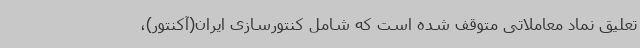
تعلیق نماد معاملاتی متوقف شده است که شامل کنتورسازی ایران(آکنتور)،